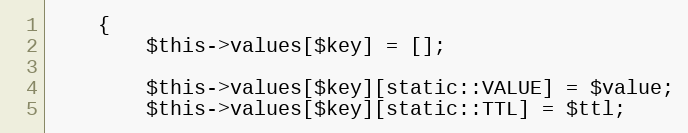
Language: PHP
    {
        $this->values[$key] = [];

        $this->values[$key][static::VALUE] = $value;
        $this->values[$key][static::TTL] = $ttl;